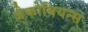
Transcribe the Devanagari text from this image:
जेकोबियन्स